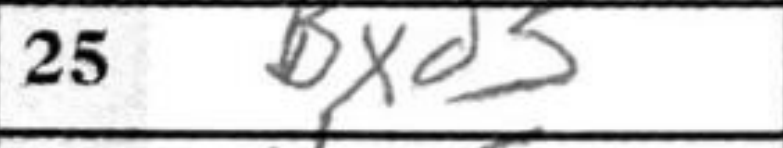
Transcription: Bxd5